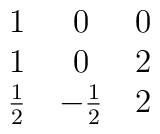
\matrix{ 1 & 0 & 0 \cr 1 & 0 &  2 \cr                {1\over2} & -{1\over2} &  {2} \cr}